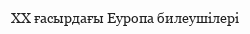
XX ғасырдағы Еуропа билеушілері